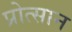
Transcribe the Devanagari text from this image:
प्रोत्सान